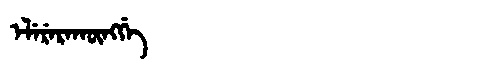
Manchu: ᡝᠯᡝᡵᡝᡵᠠᡴᡡᠩᡤᡝ
Romanization: ELERERAKŪNGGE